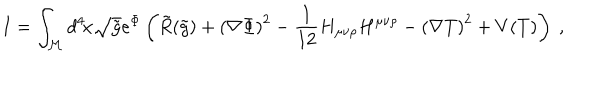
LaTeX: I = \int _ { \cal { M } } d ^ { 4 } \! x \sqrt { \tilde { g } } e ^ { \Phi } \left( \tilde { R } ( \tilde { g } ) + \left( \nabla \Phi \right) ^ { 2 } - { \frac { 1 } { 1 2 } } H _ { \mu \nu \rho } H ^ { \mu \nu \rho } - \left( \nabla T \right) ^ { 2 } + V ( T ) \right) \ ,